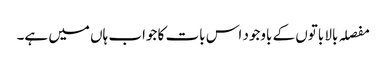
مفصلہ بالا باتوں کے باوجود اس بات کا جواب ہاں میں ہے۔